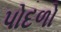
પોદળો